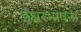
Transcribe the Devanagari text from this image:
ईश्वरभावना